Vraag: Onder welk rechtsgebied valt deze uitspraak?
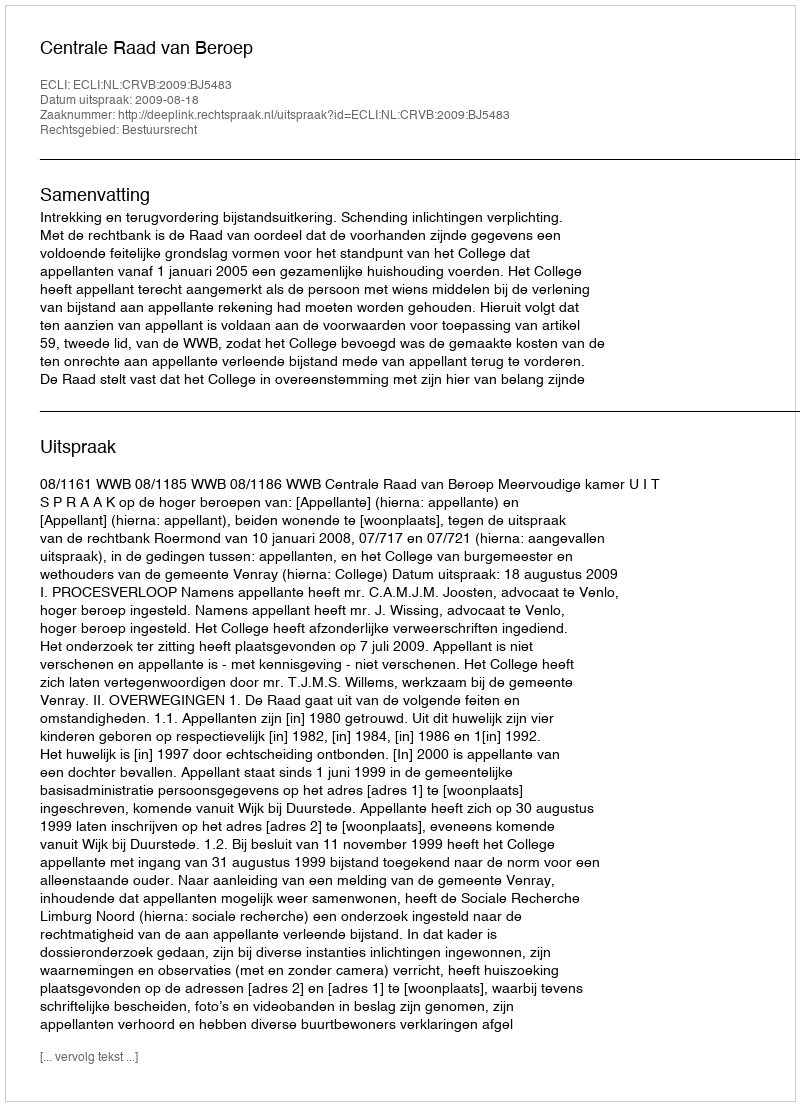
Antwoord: Bestuursrecht